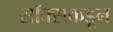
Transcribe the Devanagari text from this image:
सॉक्सकडून